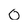
Character: O